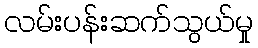
လမ်းပန်းဆက်သွယ်မှု